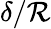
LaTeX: \delta/\mathcal{R}